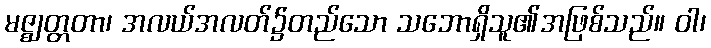
မဇ္ဈတ္တတာ၊ အလယ်အလတ်၌တည်သော သဘောရှိသူ၏အဖြစ်သည်။ ဝါ၊